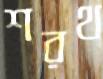
শরথ